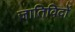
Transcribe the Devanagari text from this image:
जातिविदों